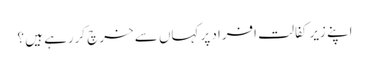
اپنے زیر کفالت افراد پر کہاں سے خرچ کررہے ہیں ؟